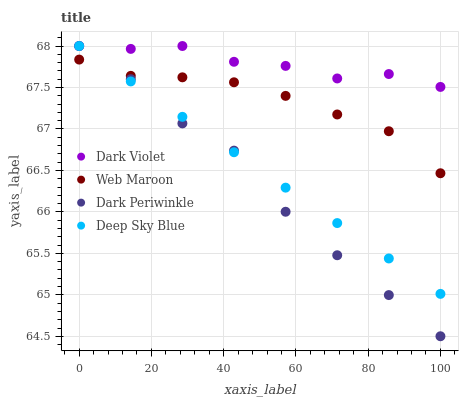
| xaxis_label | Dark Violet | Web Maroon | Dark Periwinkle | Deep Sky Blue |
 | --- | --- | --- | --- | --- |
 | 0 | 68 | 67.8 | 68 | 68 |
 | 14.3 | 68 | 67.6 | 67.6 | 67.6 |
 | 28.6 | 68 | 67.6 | 67.1 | 67.1 |
 | 42.9 | 67.8 | 67.6 | 66.7 | 66.7 |
 | 57.1 | 67.8 | 67.4 | 66 | 66.3 |
 | 71.4 | 67.6 | 67.2 | 65.5 | 65.9 |
 | 85.7 | 67.7 | 67 | 65 | 65.4 |
 | 100 | 67.5 | 66.5 | 64.5 | 65 |